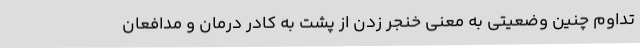
تداوم چنین وضعیتی به معنی خنجر زدن از پشت به کادر درمان و مدافعان